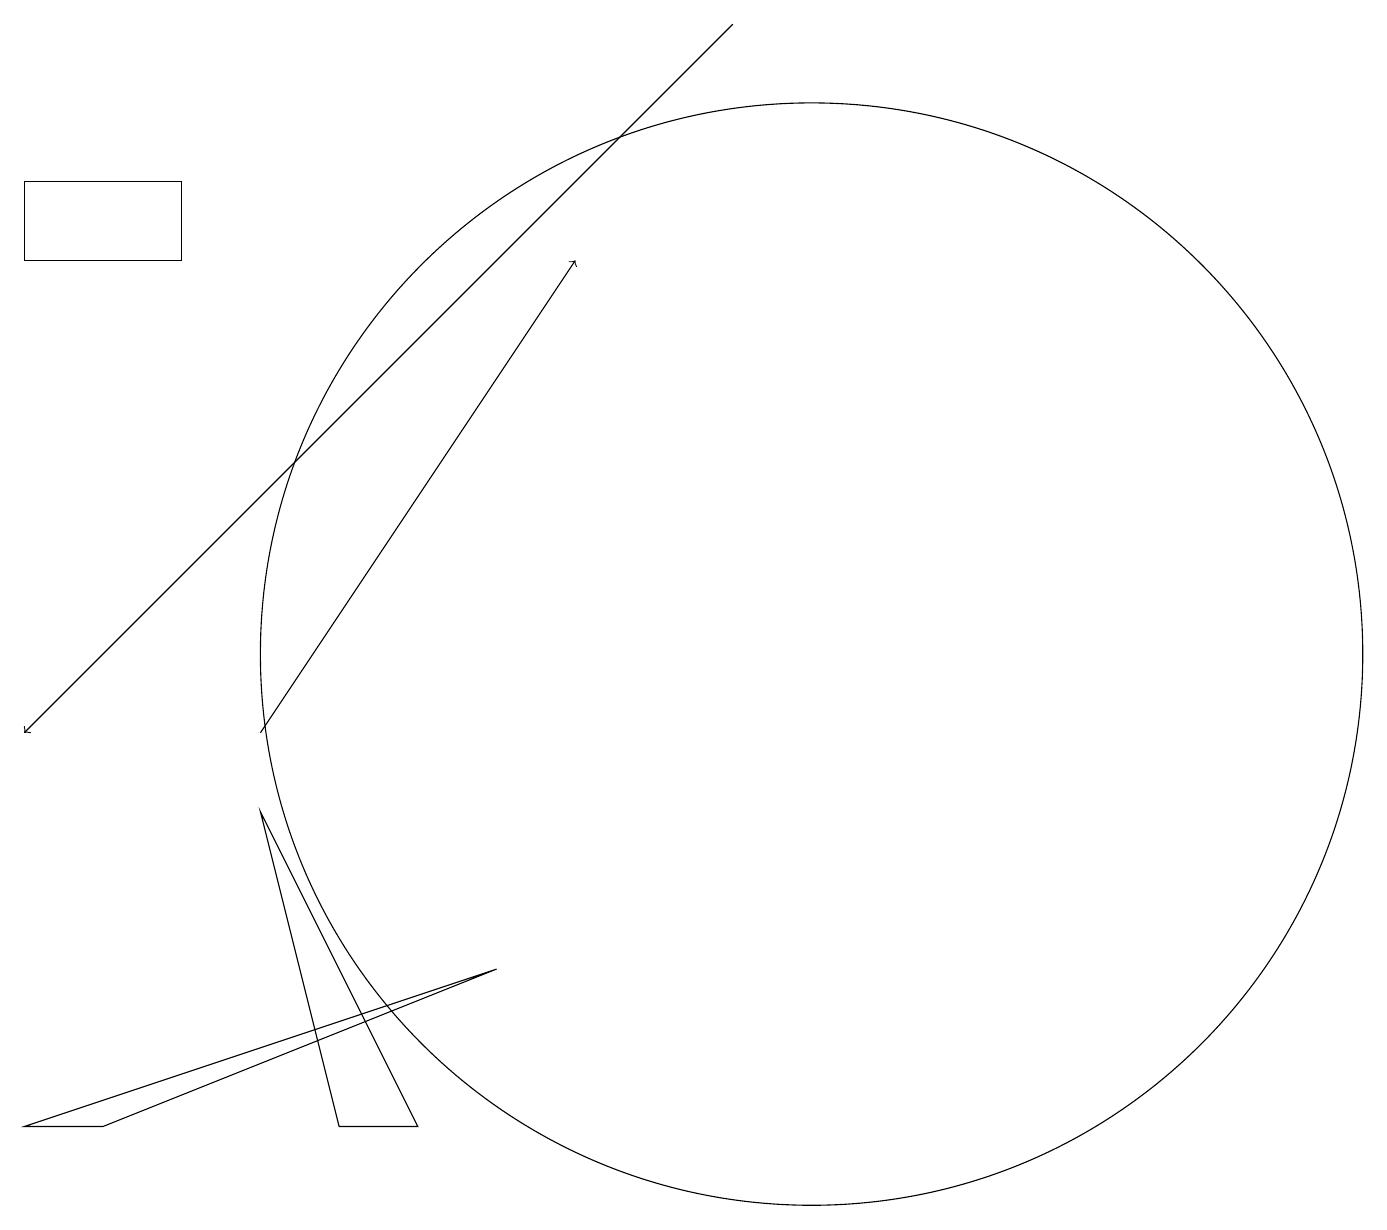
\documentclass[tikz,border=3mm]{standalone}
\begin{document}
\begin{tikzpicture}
\draw (3,9) -- (5,5) -- (4,5) -- cycle;
\draw[->] (9,19) -- (0,10);
\draw[->] (3,10) -- (7,16);
\draw (0,17) rectangle (2,16);
\draw (1,5) -- (6,7) -- (0,5) -- cycle;
\draw (10,11) circle (7);
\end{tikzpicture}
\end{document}